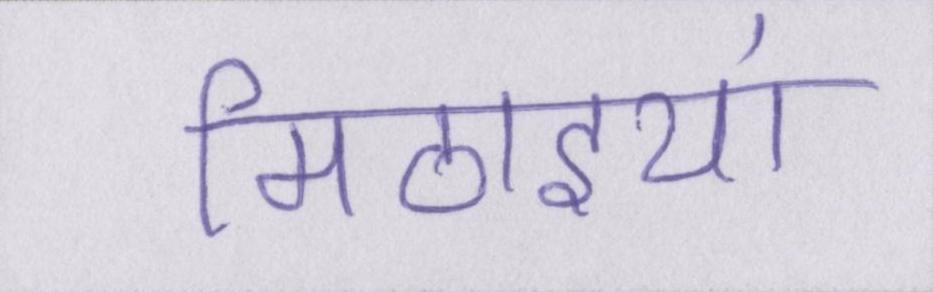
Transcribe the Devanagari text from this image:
मिठाइयां